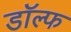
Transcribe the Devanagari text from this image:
डॉल्फ